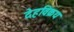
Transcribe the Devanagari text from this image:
देहविक्रय